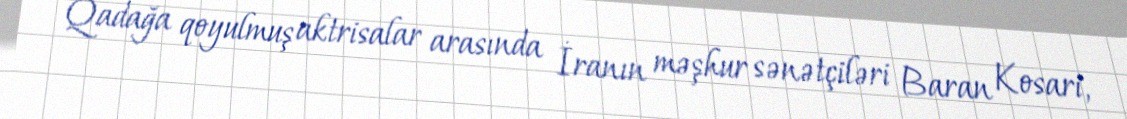
Qadağa qoyulmuş aktrisalar arasında İranın məşhur sənətçiləri Baran Kosari,